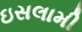
ઇસલામી